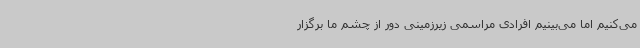
می‌کنیم اما می‌بینیم افرادی مراسمی زیرزمینی دور از چشم ما برگزار